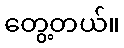
တွေ့တယ်။